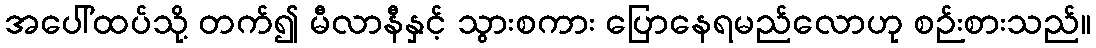
အပေါ်ထပ်သို့ တက်၍ မီလာနီနှင့် သွားစကား ပြောနေရမည်လောဟု စဉ်းစားသည်။